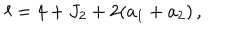
\ell = 4 + J _ { 2 } + 2 ( a _ { 1 } + a _ { 2 } ) \, ,